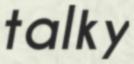
talky